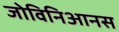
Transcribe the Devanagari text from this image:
जोविनिआनस